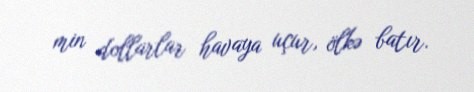
min dollarlar havaya uçur, ölkə batır.